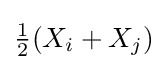
{\tfrac {1}{2}}(X_{i}+X_{j})